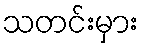
သတင်းမှား